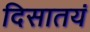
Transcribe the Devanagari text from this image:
दिसातयं